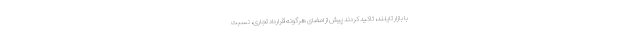
با بازار تایلند، تاکید کردند پیش از امضای هرگونه قرارداد تجاری، نسبت